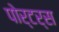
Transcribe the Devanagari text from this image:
पोर्टर्स